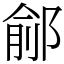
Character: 鄃